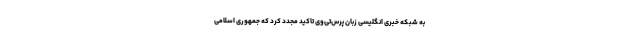
به شبکه خبری انگلیسی زبان پرس‌تی‌وی تاکید مجدد کرد که جمهوری اسلامی